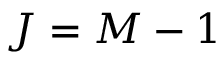
J = M - 1